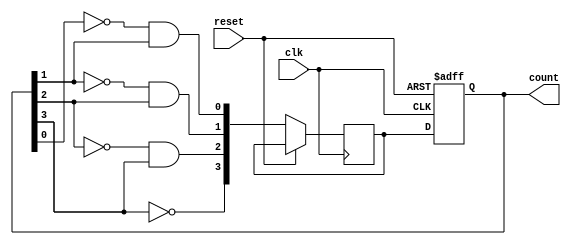
module gray_counter (
  input wire clk,
  input wire reset,
  output reg[3:0] count
);

reg[3:0] gray_count;
reg[3:0] next_gray_count;

always @ (posedge clk or posedge reset) begin
  if (reset) begin
    gray_count <= 4'b0000;
  end else begin
    next_gray_count[0] <= ~gray_count[0] & gray_count[1];
    next_gray_count[1] <= ~gray_count[1] & gray_count[2];
    next_gray_count[2] <= ~gray_count[2] & gray_count[3];
    next_gray_count[3] <= ~gray_count[3];

    gray_count <= next_gray_count;
  end
end

assign count = {gray_count[3], gray_count[2], gray_count[1], gray_count[0]};

endmodule